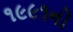
૧૯૯૧નો